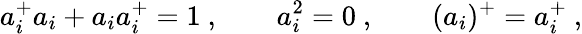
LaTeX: a_{i}^{+}a_{i}+a_{i}a_{i}^{+}=1\ ,\qquad a_{i}^{2}=0\ ,\qquad(a_{i})^{+}=a_{i}^{+}\ ,